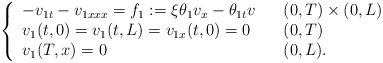
\begin{align*}\left\{\begin{array}[c]{lll}-v_{1t}-v_{1xxx}=f_{1}:=\xi\theta_{1}v_{x}-\theta_{1t}v & & (0,T) \times( 0,L) \\v_{1}( t,0) =v_{1}( t,L) =v_{1x}( t,0)=0 & & ( 0,T) \\v_{1}( T,x) =0& & ( 0,L) .\end{array}\right. \end{align*}